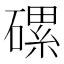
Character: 磥